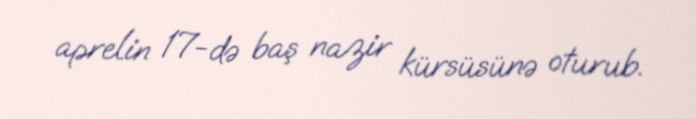
aprelin 17-də baş nazir kürsüsünə oturub.